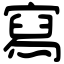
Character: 寫